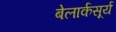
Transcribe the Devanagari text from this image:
बेलार्कसूर्य